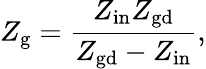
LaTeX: Z_{\mathrm{g}}=\frac{Z_{\mathrm{in}}Z_{\mathrm{gd}}}{Z_{\mathrm{gd}}-Z_{\mathrm{in}}},